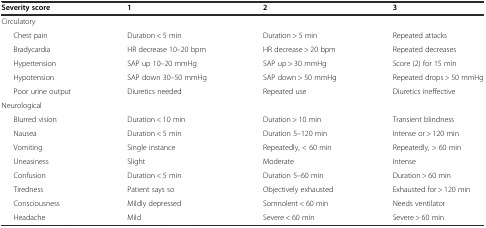
<table><thead><tr><td><b>Severity score</b></td><td><b>1</b></td><td><b>2</b></td><td><b>3</b></td></tr></thead><tbody><tr><td>Circulatory</td><td></td><td></td><td></td></tr><tr><td>Chest pain</td><td>Duration &lt; 5 min</td><td>Duration &gt; 5 min</td><td>Repeated attacks</td></tr><tr><td>Bradycardia</td><td>HR decrease 10–20 bpm</td><td>HR decrease &gt; 20 bpm</td><td>Repeated decreases</td></tr><tr><td>Hypertension</td><td>SAP up 10–20 mmHg</td><td>SAP up &gt; 30 mmHg</td><td>Score (2) for 15 min</td></tr><tr><td>Hypotension</td><td>SAP down 30–50 mmHg</td><td>SAP down &gt; 50 mmHg</td><td>Repeated drops &gt; 50 mmHg</td></tr><tr><td>Poor urine output</td><td>Diuretics needed</td><td>Repeated use</td><td>Diuretics ineffective</td></tr><tr><td>Neurological</td><td></td><td></td><td></td></tr><tr><td>Blurred vision</td><td>Duration &lt; 10 min</td><td>Duration &gt; 10 min</td><td>Transient blindness</td></tr><tr><td>Nausea</td><td>Duration &lt; 5 min</td><td>Duration 5–120 min</td><td>Intense or &gt; 120 min</td></tr><tr><td>Vomiting</td><td>Single instance</td><td>Repeatedly, &lt; 60 min</td><td>Repeatedly, &gt; 60 min</td></tr><tr><td>Uneasiness</td><td>Slight</td><td>Moderate</td><td>Intense</td></tr><tr><td>Confusion</td><td>Duration &lt; 5 min</td><td>Duration 5–60 min</td><td>Duration &gt; 60 min</td></tr><tr><td>Tiredness</td><td>Patient says so</td><td>Objectively exhausted</td><td>Exhausted for &gt; 120 min</td></tr><tr><td>Consciousness</td><td>Mildly depressed</td><td>Somnolent &lt; 60 min</td><td>Needs ventilator</td></tr><tr><td>Headache</td><td>Mild</td><td>Severe &lt; 60 min</td><td>Severe &gt; 60 min</td></tr></tbody></table>